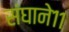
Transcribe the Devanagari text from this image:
संघाने११